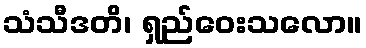
သံသီဒတိ၊ ရှည်ဝေးသလော။